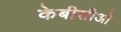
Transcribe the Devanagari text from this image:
केबीसीओ